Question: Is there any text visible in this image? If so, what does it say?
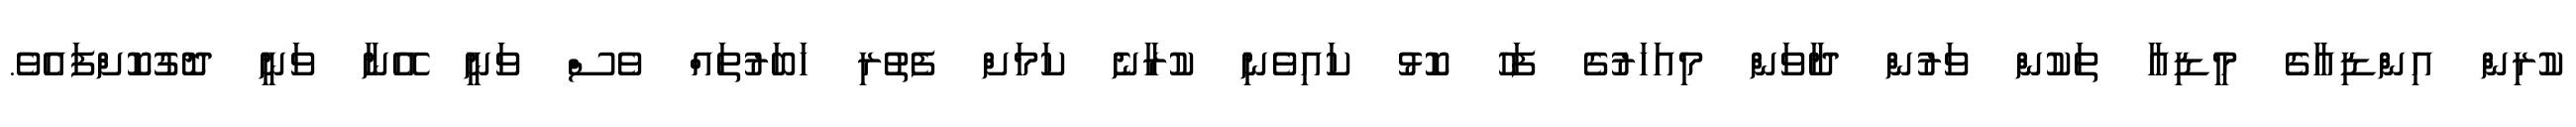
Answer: ކުރިން އިންޑިއާގެ މީޑިއާ ތަކުން ވަރުން ދާވަން މިއަހަރުގެ ފަހު ކޮޅު ކައިވެނި ކުރާނެ ކަމަށް ފެތުރި ހަބަރުތައް ވެސް ވަނީ އޭނާ ވަނީ ދޮގުކޮށްފައެވެ.